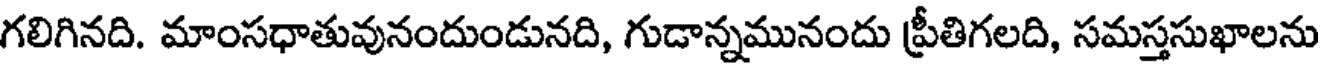
గలిగినది. మాంసధాతువునందుండునది, గుడాన్నమునందు ప్రీతిగలది, సమస్తసుఖాలను